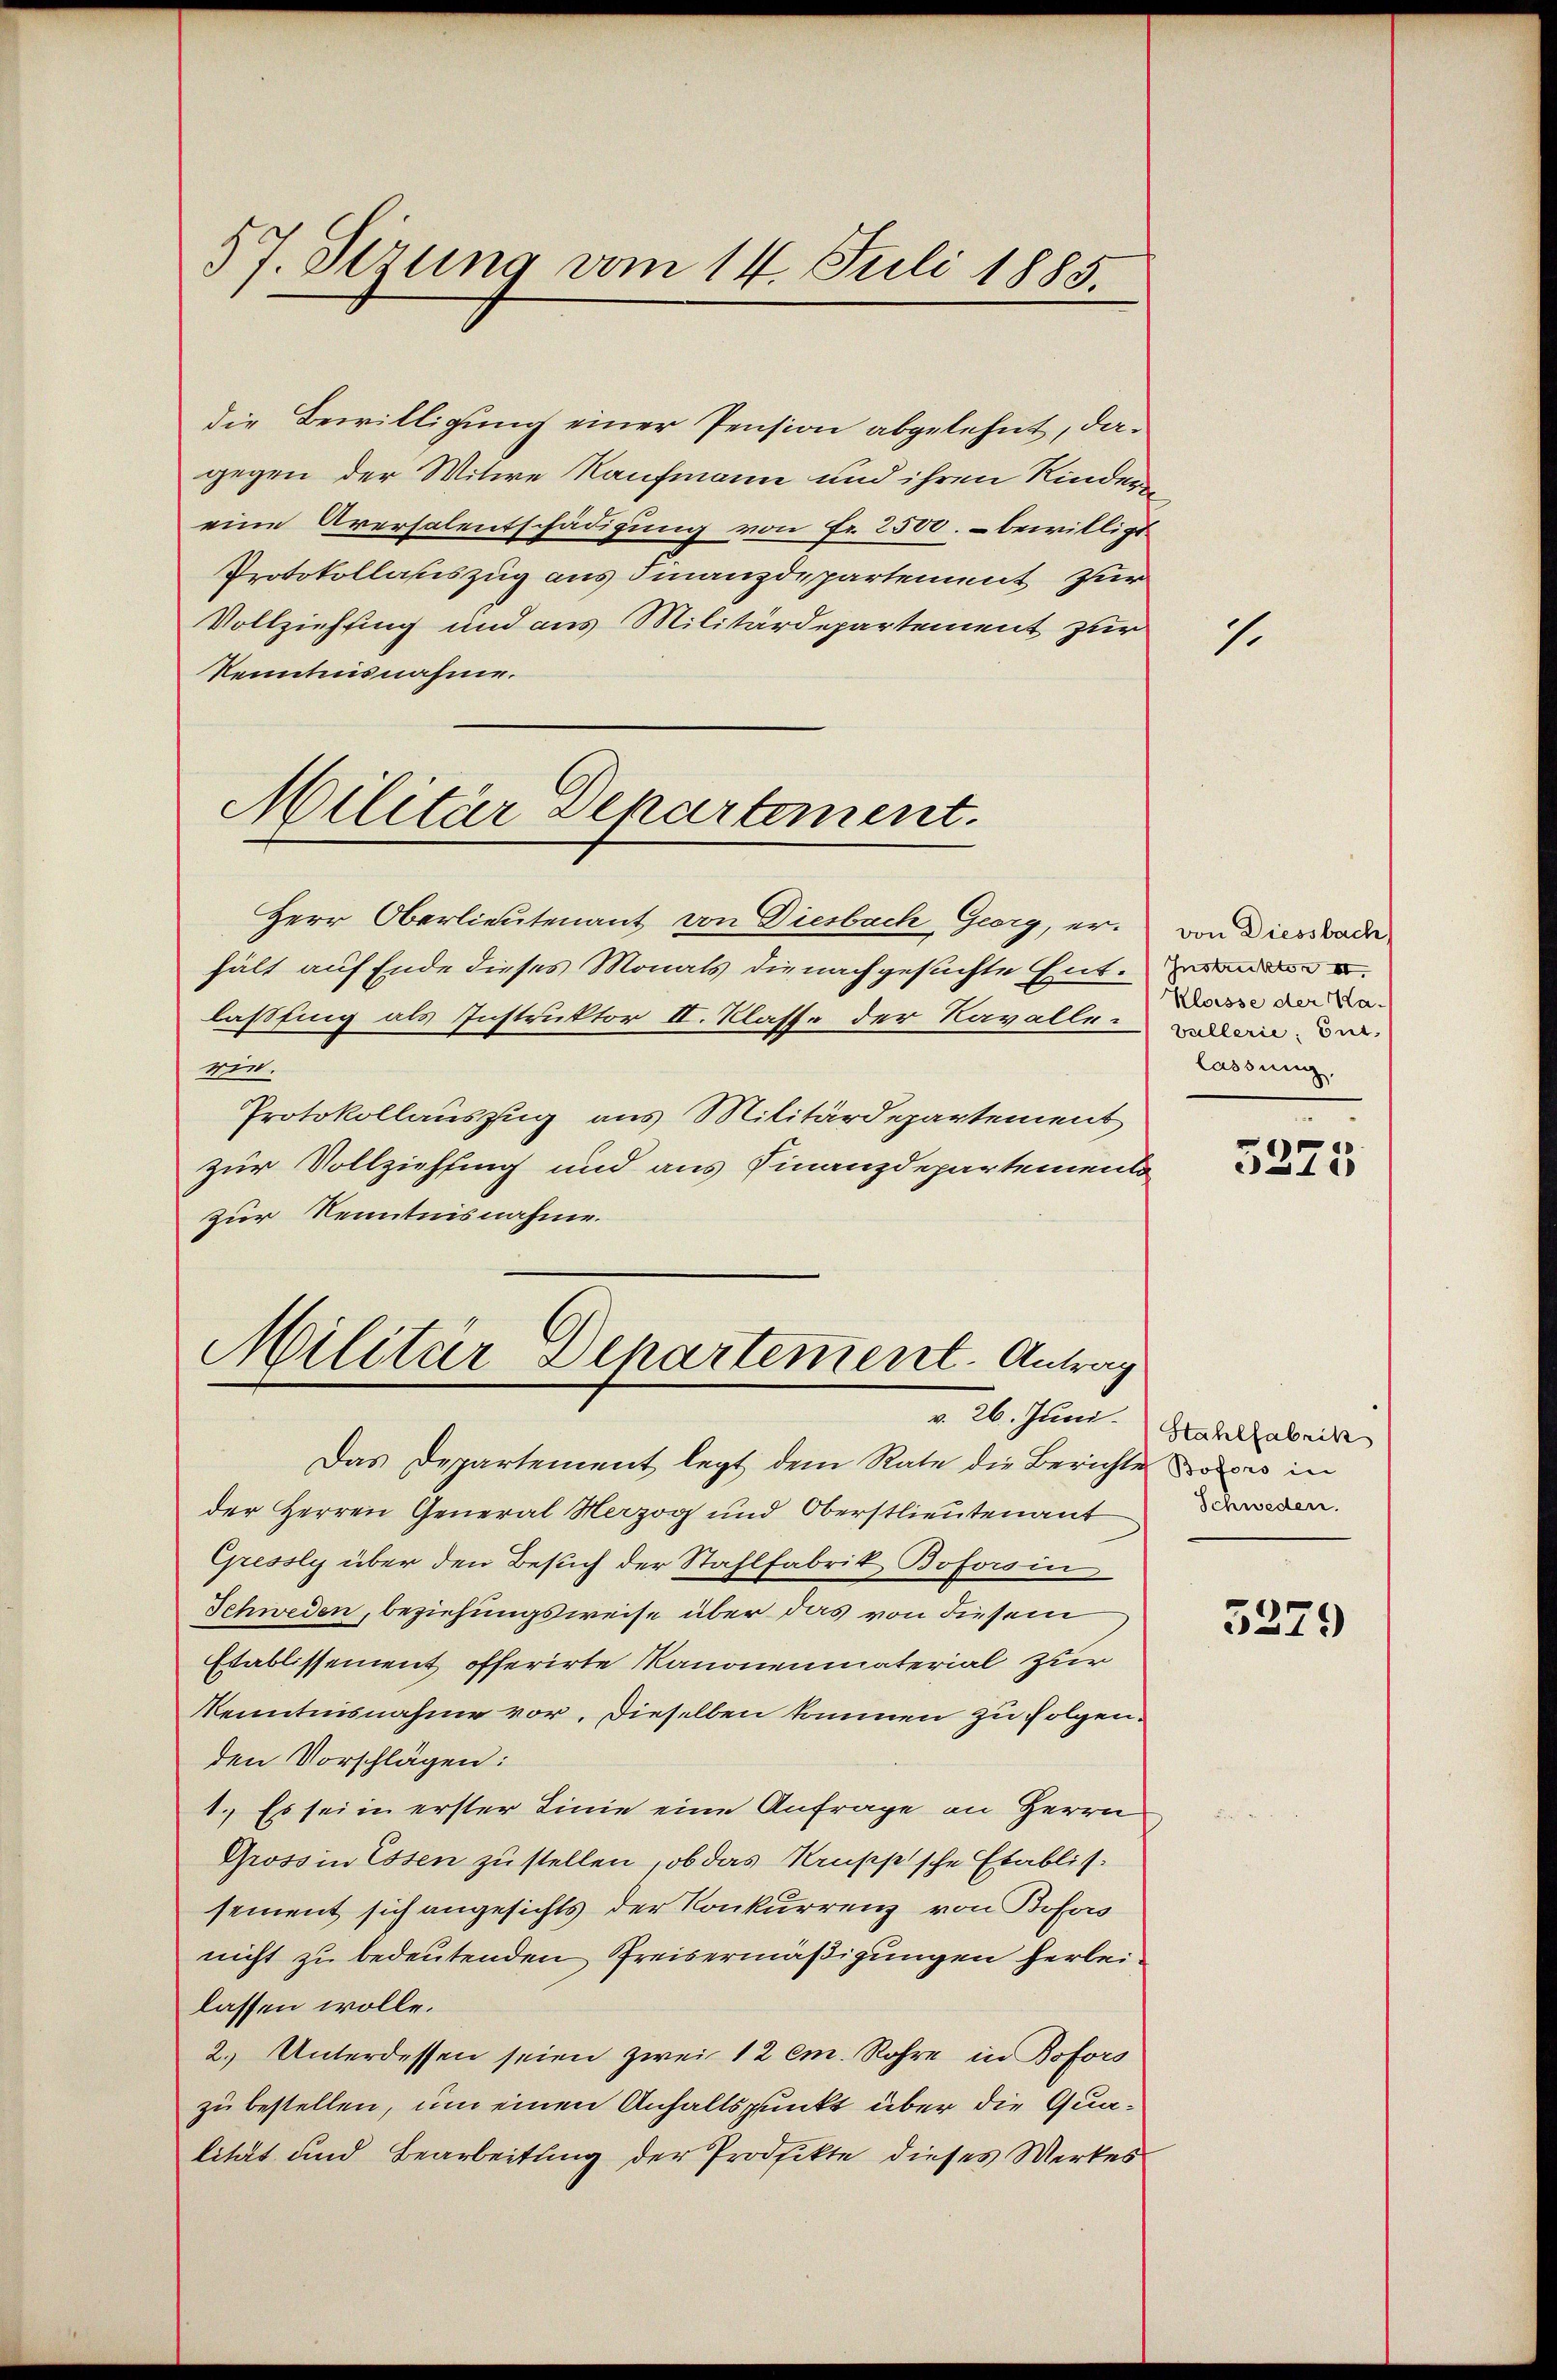
57. Sezung vom 14. Juli 1885.

die Bewilligung einer Pension abgelehnt, dagegen der Witwe Kaufmann und ihren Kindern
eine Aversalentschädigung von Fr. 2500. bewilligt
Protokollauszug aus Finanzdepartement zur
Vollziehung und aus Militärdepartement zur
Kenntnisnahme.

Militär Departement.

Herr Oberlieutenant von Diesbach Georg, er von Diesbade
hält auf Ende dieses Monats die nachgesuchte Ent-
laßfing als Instruktor II. Klasse der Navalle den der
rie.
Protokollauszug aus Militärdepartement
zur Vollziehung und aus Finanzdepartement
zur Kenntnisnahme.

Militär Departement. Antrag

Das Departement legt dem Rate die Berichte dos in
der Herren General Herzog und Oberstlieutenant
Gressly über den Besuch der Stahlfabrik Boforoin
Schweden, beziehungsweise über das von diesem
Etablissement offerirte Manonenmaterial zur
Kenntnisnahme vor. Dieselben kommen zu folgen.
den Vorschlägen:
1. Es sei in erster Linie eine Anfrage an Herrn
Grossin Essen zustellen, ob das Struppische Etablis.
sement sich angesichts der Konkurrenz von Pofors
nicht zu bedeutenden Preisermäßigungen herbeilassen wolle.
2.) Unterdessen seien zwei 12 cm. Rohre in Bofors
zu bestellen, um einen Anhaltspunkt über die Qualität und Bearbeitung der Prodfikte dieses Werkes

v. 26. Juni. Stahlfabrik

1.

Klaisse der Halassung.

3275

Schweden.

3279